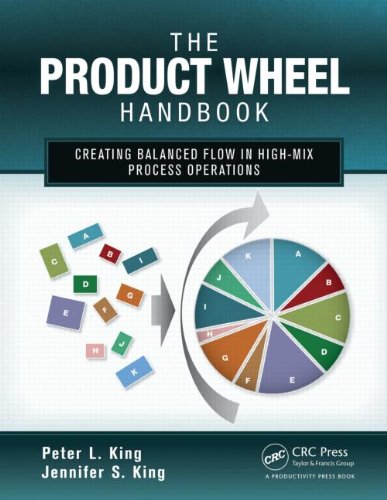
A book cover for The Product Wheel Handbook: Creating Balanced Flow in High-Mix Process Operations; Peter L. King; Business & Money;